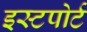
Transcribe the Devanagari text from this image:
इस्टपोर्ट